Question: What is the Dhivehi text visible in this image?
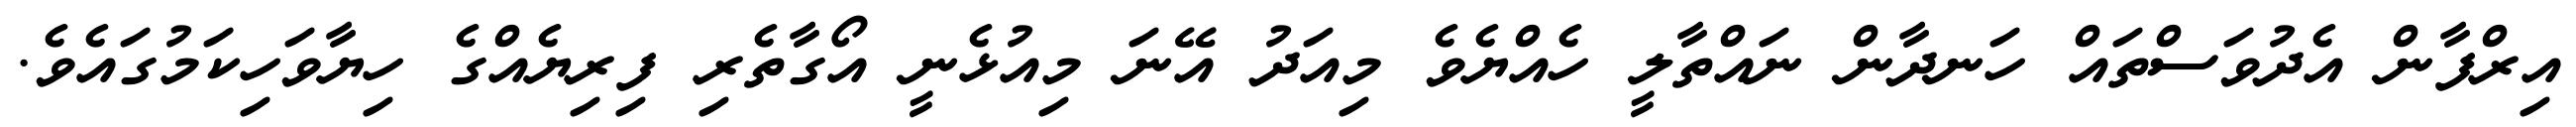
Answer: އިރްފާން އެދުވަސްތައް ހަނދާން ނައްތާލީ ހެއްޔެވެ މިއަދު އޭނަ މިއުޅެނީ އޯގާތެރި ފިރިޔެއްގެ ހިޔާވަހިކަމުގައެވެ.